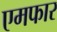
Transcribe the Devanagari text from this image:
एमफार